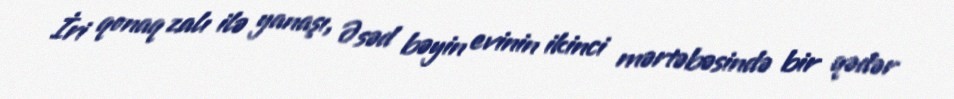
İri qonaq zalı ilə yanaşı, Əsəd bəyin evinin ikinci mərtəbəsində bir qədər